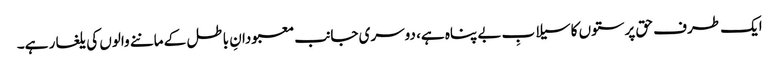
ایک طرف حق پرستوں کاسیلابِ بے پناہ ہے، دوسری جانب معبودانِ باطل کے ماننے والوں کی یلغار ہے۔